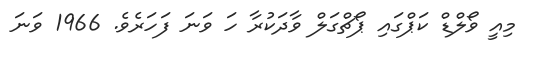
މިއީ ވޯލްޑް ކަޕްގައި ޕޯޗްގަލް ވާދަކުރާ ހަ ވަނަ ފަހަރެވެ. 1966 ވަނަ